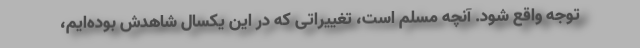
توجه واقع شود. آنچه مسلم است، تغییراتی که در این یکسال شاهدش بوده‌ایم،